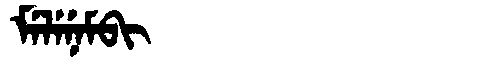
Manchu: ᠮᡝᠯᡝᠨᡝᠮᠪᡳ
Romanization: MELENEMBI